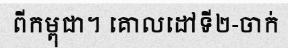
ពីកម្ពុជា។ គោលដៅទី២-ចាក់